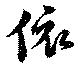
依